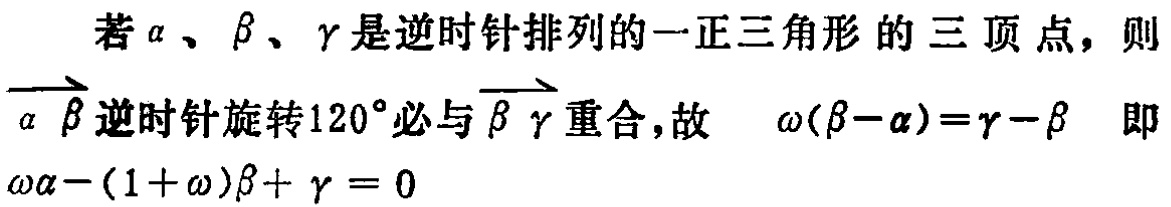
若\(\alpha\)、\(\beta\)、\(\gamma\)是逆时针排列的一正三角形的三顶点，则\(\overrightarrow{\alpha\beta}\)逆时针旋转\(120^{\circ}\)必与\(\overrightarrow{\beta\gamma}\)重合，故 \(\omega(\beta - \alpha)=\gamma - \beta\) 即 \(\omega\alpha-(1 + \omega)\beta+\gamma = 0\)